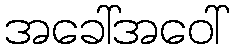
အခေါ်အဝေါ်